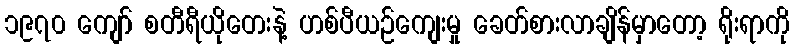
၁၉၇၀ ကျော် စတီရီယိုတေးနဲ့ ဟစ်ပီယဉ်ကျေးမှု ခေတ်စားလာချိန်မှာတော့ ရိုးရာကို